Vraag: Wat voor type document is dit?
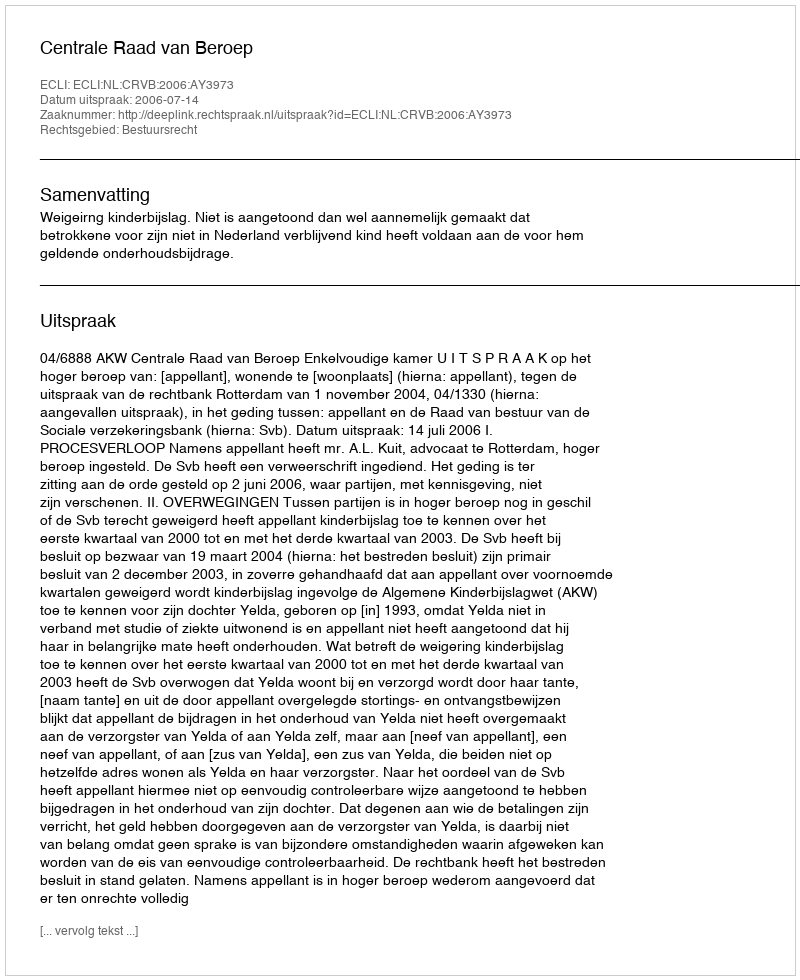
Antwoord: Uitspraak